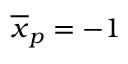
\overline { { x } } _ { p } = - 1